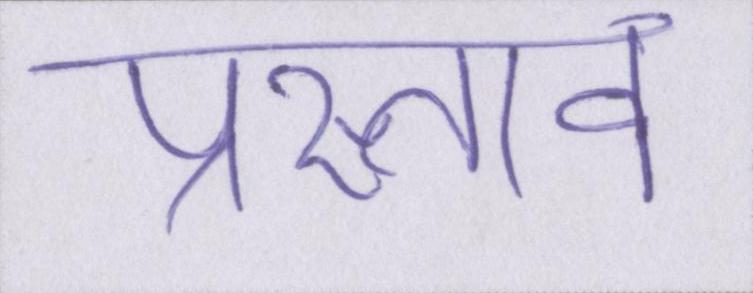
प्रस्ताव